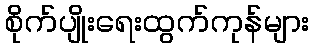
စိုက်ပျိုးရေးထွက်ကုန်များ